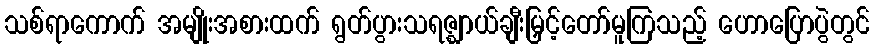
သစ်ရာကောက် အမျိုးအစားထက် ရွတ်ပွားသရဇ္ဈာယ်ချီးမြှင့်တော်မူကြသည့် ဟောပြောပွဲတွင်